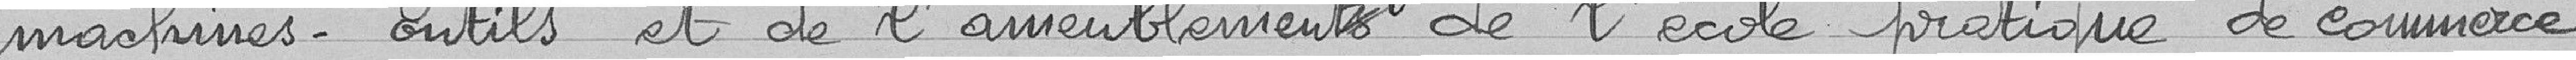
machines-outils et de l'ameublement de l'école pratique de commerce